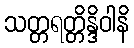
သတ္တရတ္တိန္ဒိဝါနိ